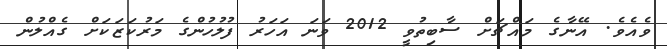
ވެއެވެ. އޭނާގެ މައްޗަށް ސާބިތުވީ 2012 ވަނަ އަހަރު ފުލުހުންގެ މަރުކަޒަކަށް ގެއްލުން